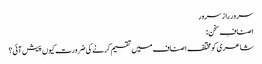
سرور راز سرور
اصنافِ سخن :
شاعری کو مختلف اصناف میں تقسیم کرنے کی ضرورت کیوں پیش آئی؟